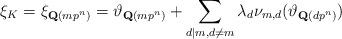
LaTeX: \begin{align*} \xi_{K}=\xi_{{\bf Q}(mp^{n})}=\vartheta_{{\bf Q}(mp^{n})}+\sum_{d \mid m, d \neq m}\lambda_{d} \nu_{m,d}(\vartheta_{{\bf Q}(dp^{n})})\end{align*}